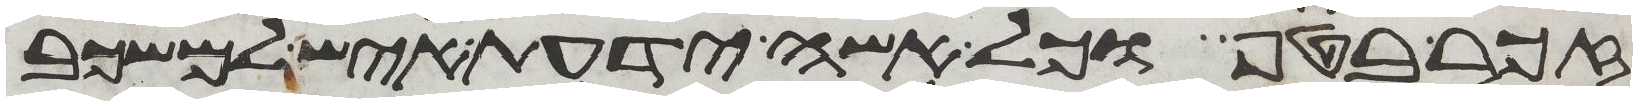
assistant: זכר בטף וכל אשה ידעת איש למשכב